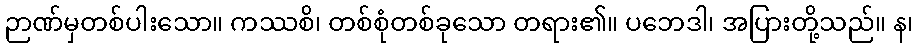
ဉာဏ်မှတစ်ပါးသော။ ကဿစိ၊ တစ်စုံတစ်ခုသော တရား၏။ ပဘေဒါ၊ အပြားတို့သည်။ န၊